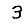
Digit: 3